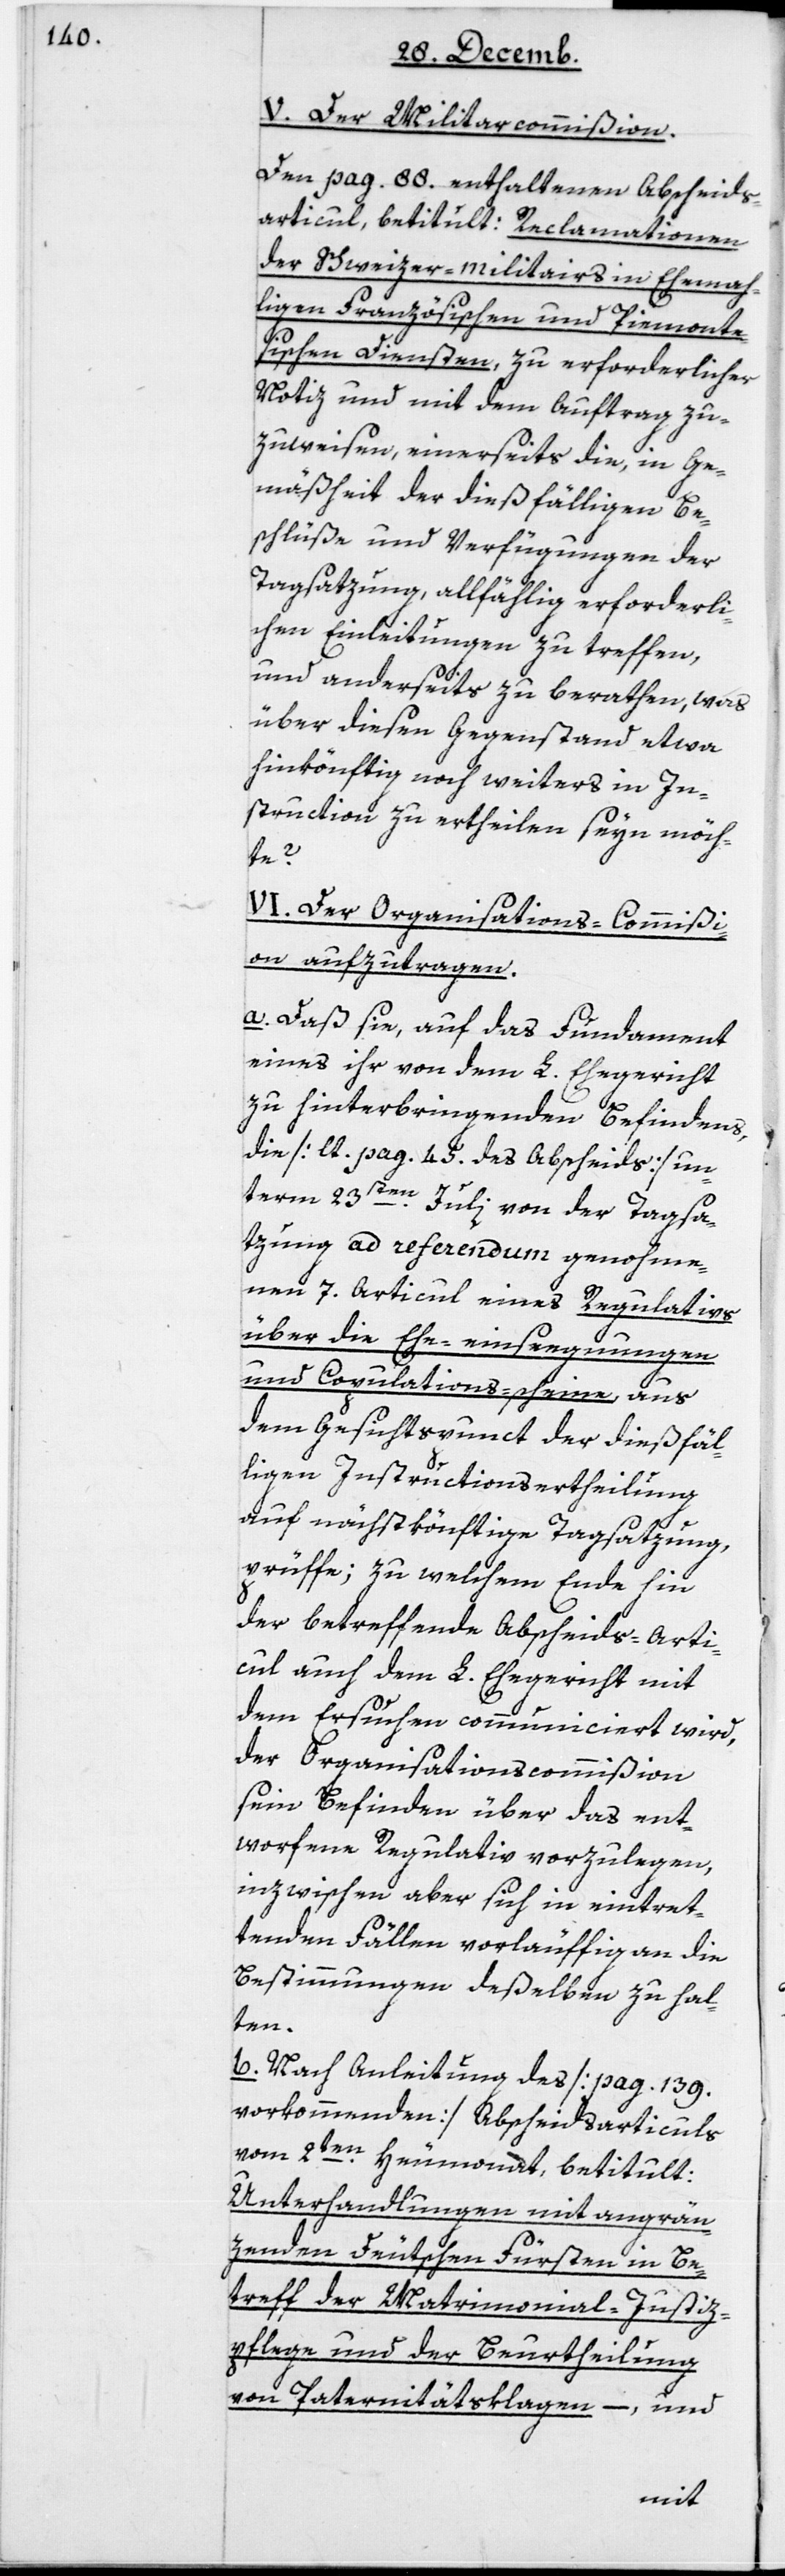
V. Der Militarcommißion.
Den pag. 88 enthaltenen Abscheids-A¬
rticul, betitult: Reclamationen
des Schweizer-Militairs in Ehema¬
ligen Französischen und Piemonte¬
sischen Diensten, zu erforderlicher
Notiz und mit dem Auftrag zu¬
zuweisen, einerseits die, in Ge¬
mäßheit der dießfälligen Be¬
schlüße und Verfügungen der
Tagsatzung allfällig erforderli¬
chen Einleitungen zu treffen,
und anderseits zu berathen, was
über diesen Gegenstand etwa
hinkönftig noch weiters in In¬
struction zu ertheilen seyn möch¬
te?
VI. Der Organisations-Commißi¬
on aufzutragen.
a. Daß sie, auf das Fundament
eines ihr von dem L. Ehegericht
zu hinterbringenden Befindens,
die (laut pag. 45 des Abscheids) un¬
term 23sten Juli von der Tagsa¬
tzung ad referendum genomme¬
nen 7ten Articul eines Regulativs
über die Ehe-einsegnungen
und Copulations-scheine aus
dem Gesichtspunkt der dießfäl¬
ligen Instructionsertheilung
auf nächstkönftige Tagsatzung,
prüffe, zu welchem Ende hin
der betreffende Abscheids-Arti¬
cul auch dem L. Ehegericht mit
dem Ersuchen communiciert wird,
der Organisationscommißion
sein Befinden über das ent¬
worfene Regulativ vorzulegen,
inzwischen aber sich in eintret¬
tenden Fällen vorläuffig an die
Bestimmungen deßelben zu hal¬
ten.
b. Nach Anleitung des (pag. 139
vorkommenden) Abscheidsarticuls
vom 2ten Heumonat, betitult:
Unterhandlungen mit angrän¬
zenden Deutschen Fürsten in Be¬
treff der Matrimonial-Justiz¬
pflege und der Beurtheilung
von Paternitätsklagen, –